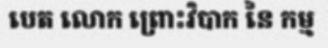
បេត លោក ព្រោះវិបាក នៃ កម្ម